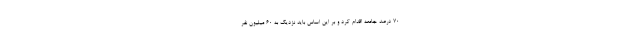
۷۰ درصد جامعه اقدام کرد و بر این اساس باید نزدیک به ۶۰ میلیون نفر